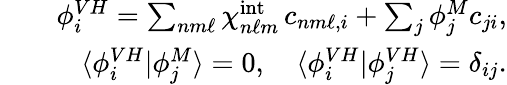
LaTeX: \begin{array}{rlr}&{}&{\phi_{i}^{VH}=\sum_{nm\ell}\chi_{n\ell m}^{\mathrm{int}}\, c_{nm\ell,i}+\sum_{j}\phi_{j}^{M}c_{ji},}\\ &{}&{\langle\phi_{i}^{VH}|\phi_{j}^{M}\rangle=0,\quad\langle\phi_{i}^{VH}|\phi_{j}^{VH}\rangle=\delta_{ij}.}\end{array}